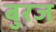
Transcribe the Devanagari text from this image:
बुरज